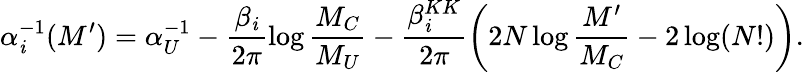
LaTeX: \alpha_{\mathit{i}}^{-1}(M^{\prime})=\alpha_{U}^{-1}-\frac{{\beta_{\mathit{i}}}}{{2\pi}}\log\frac{{M_{C}}}{{M_{U}}}-\frac{{\beta_{\mathit{i}}^{KK}}}{{2\pi}}\left(2N\log\frac{{M^{\prime}}}{{M_{C}}}-2\log(N!)\right).